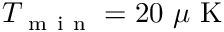
T _ { \mathrm { ~ m ~ i ~ n ~ } } = 2 0 ~ \mu \mathrm { ~ K ~ }